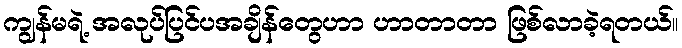
ကျွန်မရဲ့ အလုပ်ပြင်ပအချိန်တွေဟာ ဟာတာတာ ဖြစ်လာခဲ့ရတယ်။